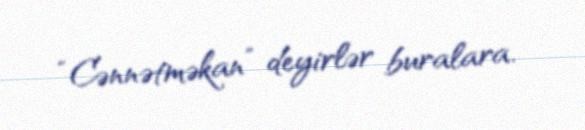
“Cənnətməkan” deyirlər buralara.